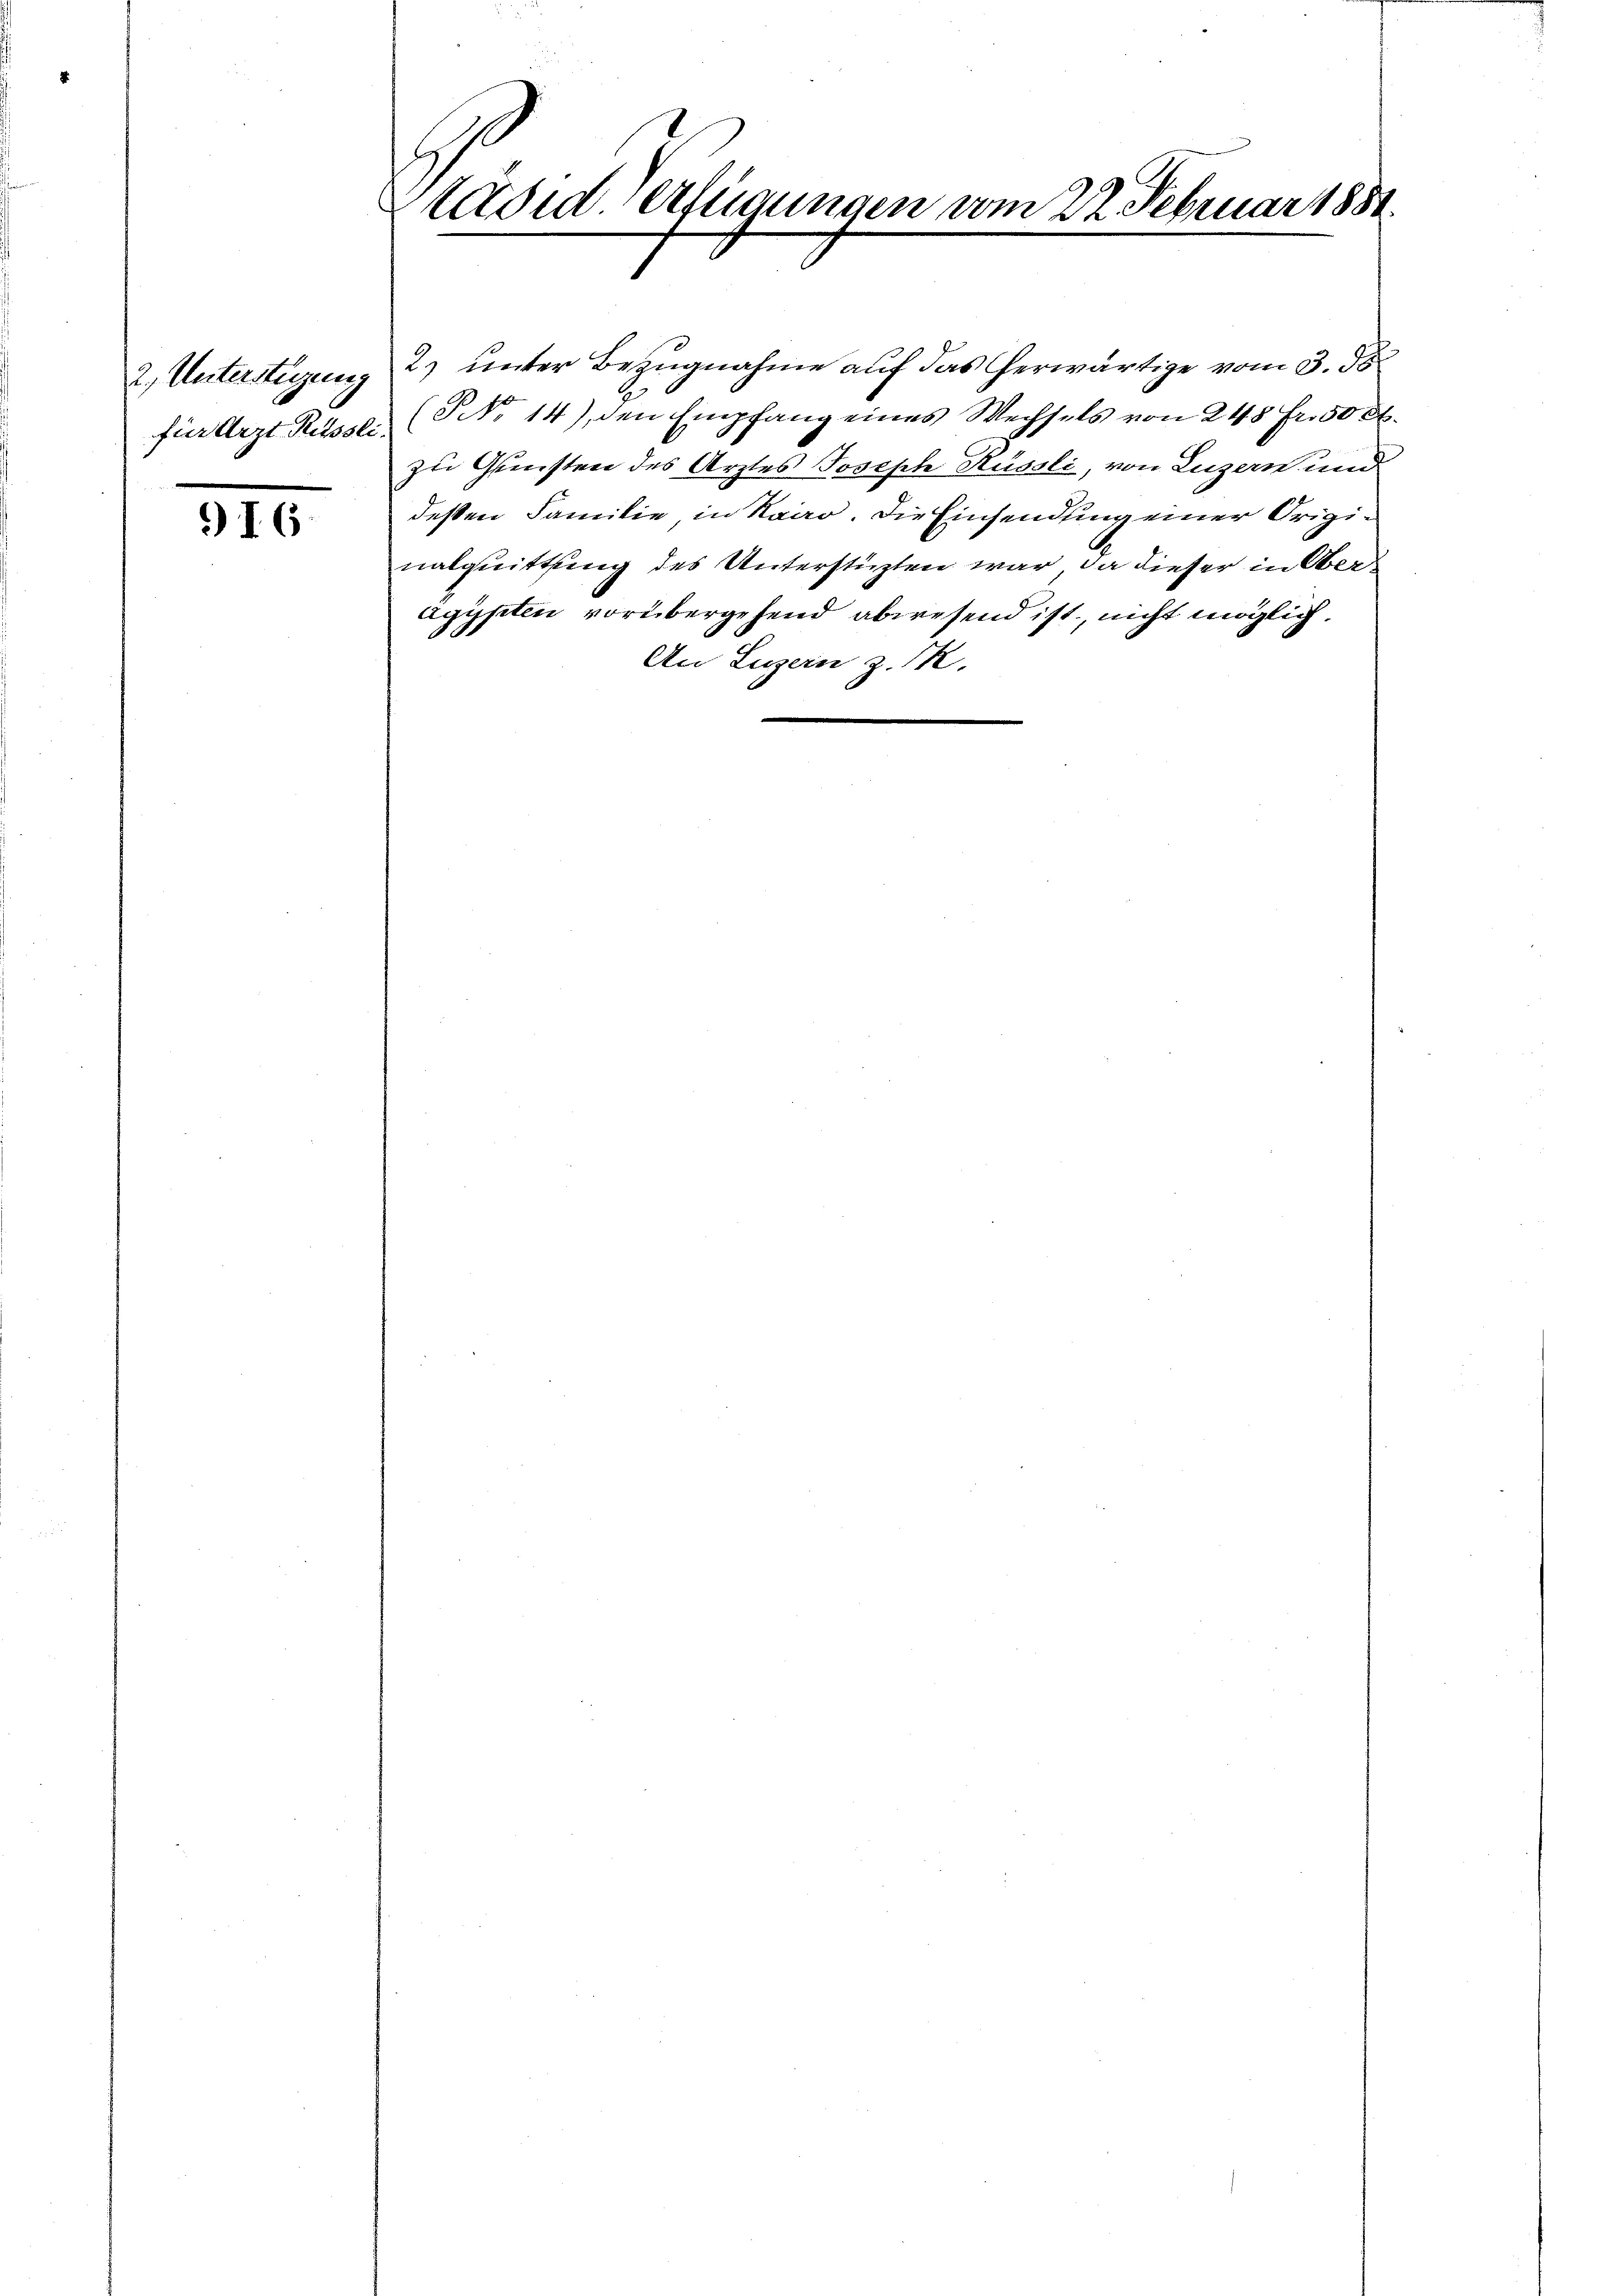
2. Unterstigung
für Arzt Russli

I6

täsed Verfügungen vom 22. Februar 1881.

2) unter Bezugnahme auf das herwärtige vom 3. ds.
(NNo. 14), den Empfang eines Wechsels von 248 Fr. 50 l.
zu Gunsten des Arztes Joseph Rüssli, von Luzern und
deßen Familie in Kairo. Die Einsendung einer Originalquittung des Unterstüzten war, da dieser in Oberagypten vorübergehend abwesend ist, nicht möglich.
An Luzern z. K.